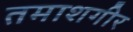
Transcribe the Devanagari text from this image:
तमाशगीर